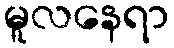
မူလနေရာ